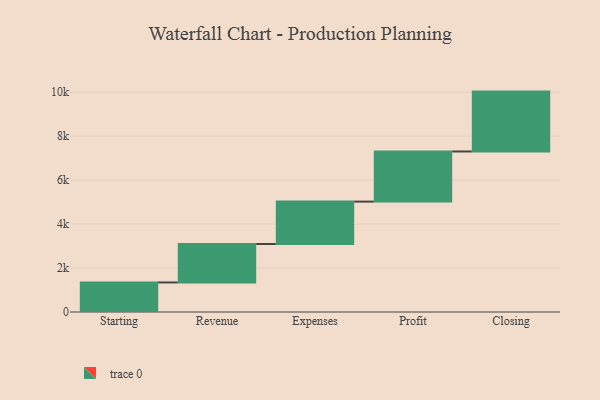
{"axis": {"x": "Step", "y": "Value"}, "legend": [""], "data": [{"x": "Starting", "y": 1344.0, "type": ""}, {"x": "Revenue", "y": 1751.0, "type": ""}, {"x": "Expenses", "y": 1928.0, "type": ""}, {"x": "Profit", "y": 2281.0, "type": ""}, {"x": "Closing", "y": 2724.0, "type": ""}]}